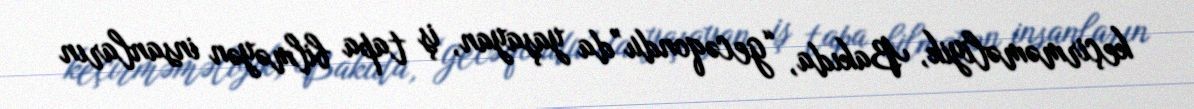
keçirməməliyik, Bakıda, “gecəqondu”da yaşayan, iş tapa bilməyən insanların